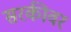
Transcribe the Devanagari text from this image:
सरकीवर